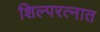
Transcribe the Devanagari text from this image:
शिल्परत्नात